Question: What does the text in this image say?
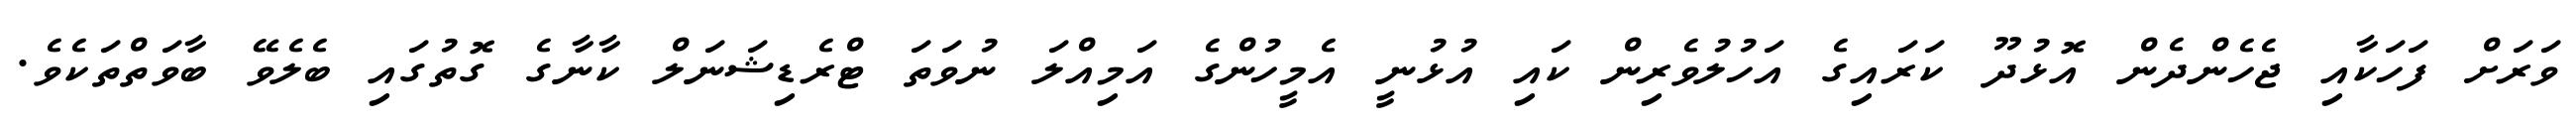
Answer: ވަރަށް ފަހަކާއި ޖެހެންދެން އޮޅުދޫ ކަރައިގެ އަހުލުވެރިން ކައި އުޅުނީ އެމީހުންގެ އަމިއްލަ ނުވަތަ ޓްރެޑިޝަނަލް ކާނާގެ ގޮތުގައި ބެލެވޭ ބާވަތްތަކެވެ.